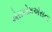
એસએમએસના